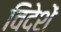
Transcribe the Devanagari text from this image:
विदेशें